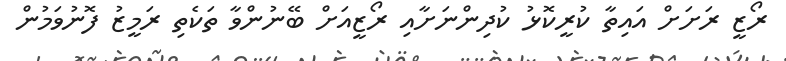
ރޯޒީ ރަށަށް އައިތާ ކުރީކޮޅު ކުދިންނަށާއި ރޯޒީއަށް ބޭނުންވާ ތަކެތި ރަމީޒު ފޮނުވަމުން